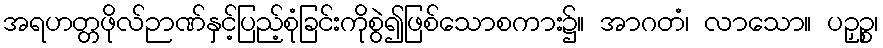
အရဟတ္တဖိုလ်ဉာဏ်နှင့်ပြည့်စုံခြင်းကိုစွဲ၍ဖြစ်သောစကား၌။ အာဂတံ၊ လာသော။ ပဉှဉ္စ၊